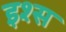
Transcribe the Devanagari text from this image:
इश्स